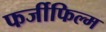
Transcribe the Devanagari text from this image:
फर्जीफिल्म